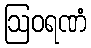
ဩဝရဏံ